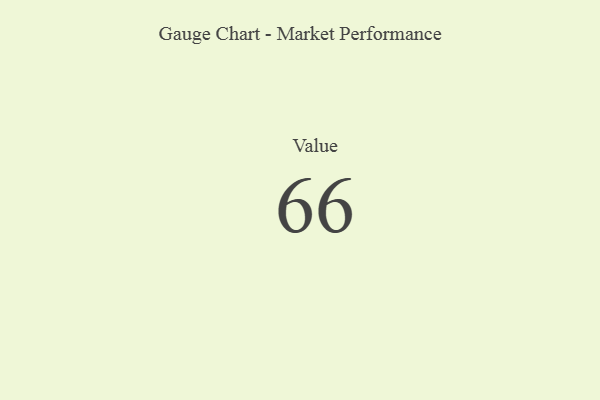
{"axis": {"x": "Metric", "y": "Value"}, "legend": [""], "data": [{"x": "Value", "y": 66, "type": ""}]}